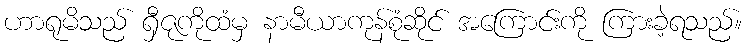
ဟာရုမိသည် ရှီဇုကိုထံမှ နာမီယာကုန်စုံဆိုင် အကြောင်းကို ကြားခဲ့ရသည်။